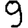
Digit: 9